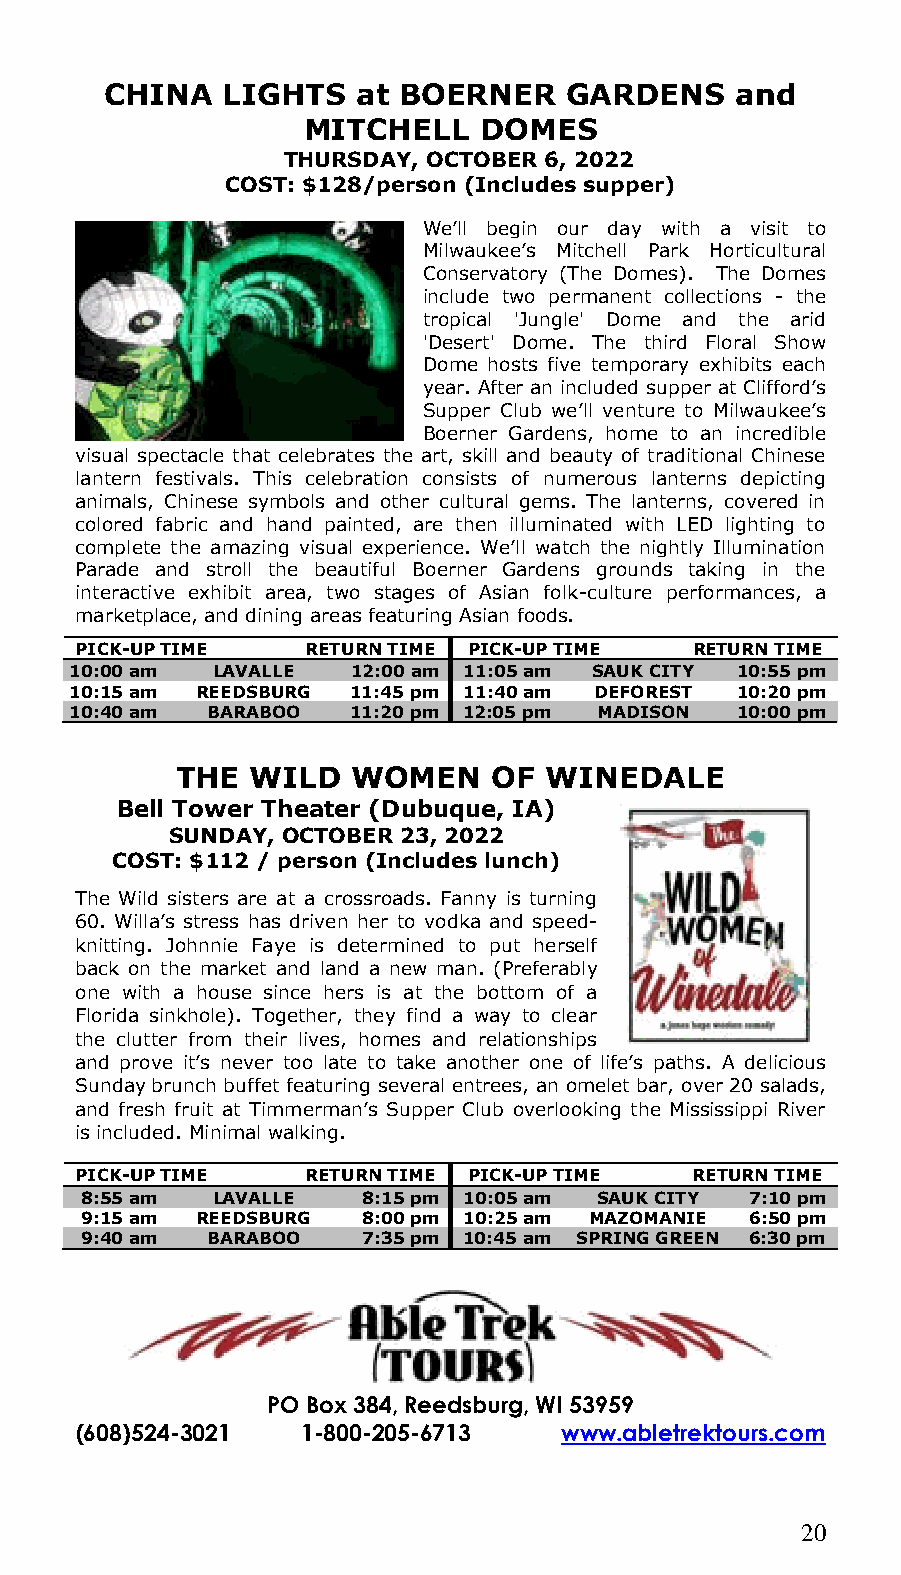
CHINA   LIGHTS   at BOERNER   GARDENS     and
 MITCHELL    DOMES
 THURSDAY, OCTOBER 6, 2022
 COST: $128/person (Includes supper)
 We’ll begin our day with a visit to
 Milwaukee’s Mitchell Park Horticultural
 Conservatory (The Domes). The Domes
 include two permanent collections - the
 tropical 'Jungle' Dome and the arid
 'Desert' Dome. The third Floral Show
 Dome hosts five temporary exhibits each
 year. After an included supper at Clifford’s
 Supper Club we’ll venture to Milwaukee’s
 Boerner Gardens, home to an incredible
 visual spectacle that celebrates the art, skill and beauty of traditional Chinese
 lantern festivals. This celebration consists of numerous lanterns depicting
 animals, Chinese symbols and other cultural gems. The lanterns, covered in
 colored fabric and hand painted, are then illuminated with LED lighting to
 complete the amazing visual experience. We’ll watch the nightly Illumination
 Parade and stroll the beautiful Boerner Gardens grounds taking in the
 interactive exhibit area, two stages of Asian folk-culture performances, a
 marketplace, and dining areas featuring Asian foods.
 PICK-UP TIME   RETURN TIME PICK-UP TIME  RETURN TIME
 10:00 am LAVALLE  12:00 am 11:05 am SAUK CITY 10:55 pm
 10:15 am REEDSBURG 11:45 pm 11:40 am DEFOREST 10:20 pm
 10:40 am BARABOO  11:20 pm 12:05 pm MADISON 10:00 pm
 THE  WILD  WOMEN     OF WINEDALE
 Bell Tower Theater (Dubuque, IA)
 SUNDAY, OCTOBER 23, 2022
 COST: $112 / person (Includes lunch)
 The Wild sisters are at a crossroads. Fanny is turning
 60. Willa’s stress has driven her to vodka and speed-
 knitting. Johnnie Faye is determined to put herself
 back on the market and land a new man. (Preferably
 one with a house since hers is at the bottom of a
 Florida sinkhole). Together, they find a way to clear
 the clutter from their lives, homes and relationships
 and prove it’s never too late to take another one of life’s paths. A delicious
 Sunday brunch buffet featuring several entrees, an omelet bar, over 20 salads,
 and fresh fruit at Timmerman’s Supper Club overlooking the Mississippi River
 is included. Minimal walking.
 PICK-UP TIME   RETURN TIME PICK-UP TIME  RETURN TIME
 8:55 am  LAVALLE   8:15 pm 10:05 am SAUK CITY 7:10 pm
 9:15 am REEDSBURG  8:00 pm 10:25 am MAZOMANIE 6:50 pm
 9:40 am  BARABOO   7:35 pm 10:45 am SPRING GREEN 6:30 pm
 PO Box 384, Reedsburg, WI 53959
 (608)524-3021  1-800-205-6713   www.abletrektours.com
 20